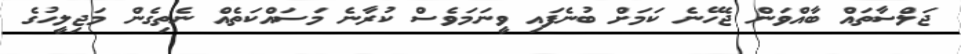
ޖަލްސާތައް ބާއްވަން ޖެހޭނެ ކަމަށް ބުނެފައި ވީނަމަވެސް ކުރާނެ މަސައްކަތެއް ނެތިގެން މަޖިލީހުގެ